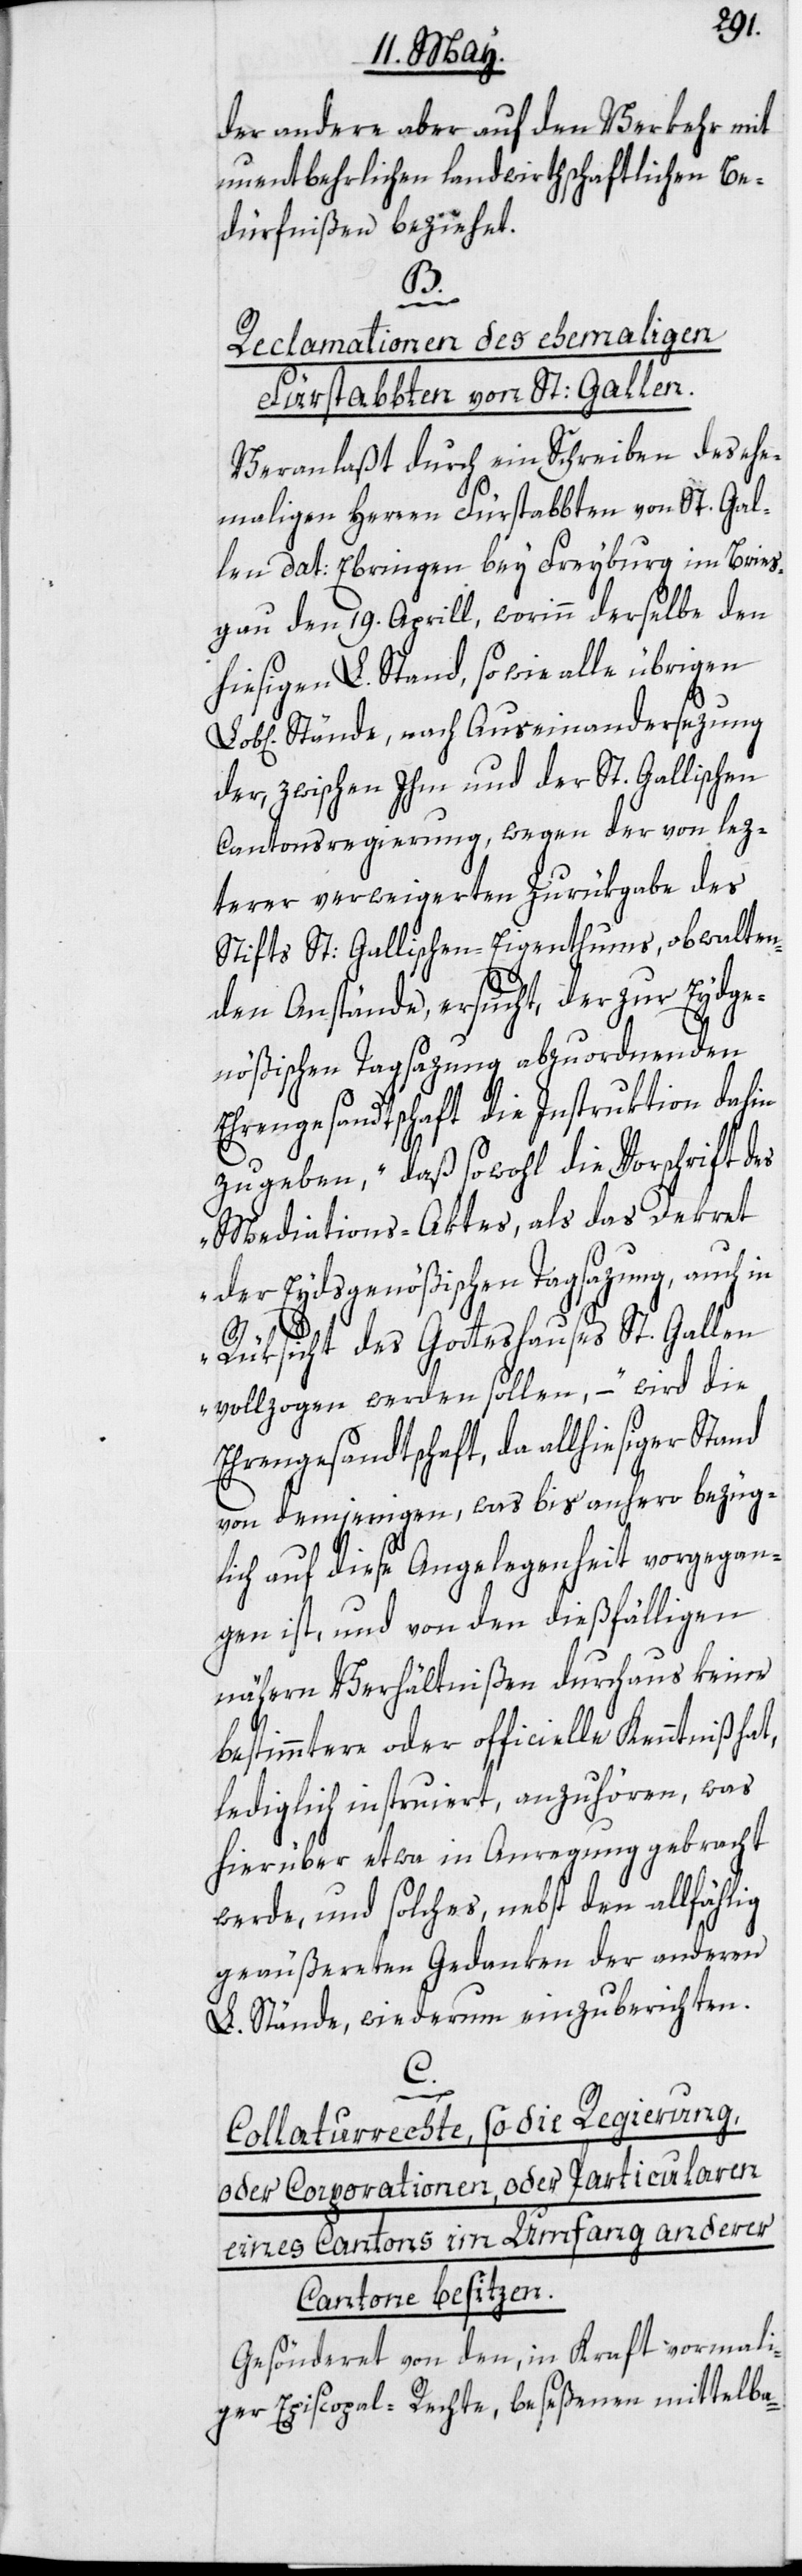
der andere aber auf den Verkehr mit
unentbehrlichen landwirthschaftlichen Be¬
dürfnißen beziehet.
B.
Reclamationen des ehemaligen
Fürstabbten von St: Gallen.
Veranlaßt durch ein Schreiben des ehe¬
maligen Herren Fürstabbten von St. Gal¬
len dat: Ebringen bey Freyburg im Bries¬
gau den 19. Aprill, worinn derselbe den
hiesigen L. Stand, so wie alle übrigen
Stände, nach Auseinandersezung
der, zwischen Ihm und der St. Gallischen
Cantonsregierung, wegen der von lez¬
terer verweigerten Zurükgabe des
Stifts St: Gallischen-Eigenthums, obwalten¬
den Anstände, ersucht, der zur Eydge¬
nößischen Tagsazung abzuordnenden
Ehrengesandtschaft die Instruktion dahin
zu geben, „daß sowohl die Vorschrift des
Mediations-Aktes, als das Dekret
der Eydsgenößischen Tagsazung, auch in
Rüksicht des Gotteshauses St. Gallen
vollzogen werden sollen“, – wird die
Ehrengesandtschaft, da allhiesiger Stand
von demjenigen, was bis anhero bezüg¬
lich auf diese Angelegenheit vorgegan¬
gen ist, und von den dießfälligen
nähern Verhältnißen durchaus keine
bestimmtere oder officielle Kenntniß hat,
lediglich instruiert, anzuhören, was
hierüber etwa in Anregung gebracht
werde, und solches, nebst den allfählig
geäußereten Gedanken der anderen
L. Stände, wiederum einzuberichten.
C.
Collaturrechte, so die Regierung,
oder Corporationen, oder Particularen
eines Cantons im Umfang anderer
Cantone besitzen.
Gesönderet von dem, in Kraft vormali¬
ger Episcopal-Rechte, beseßenen mittelba-